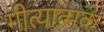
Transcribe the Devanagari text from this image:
गीत्यात्मक